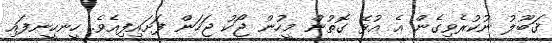
ޤަބޫލު ނުކުރެވިގެން އެ އުޅޭ ގޮތުން މީހުން ޖޯކު ޖަހަން ފަށައިފިއެވެ. ހީނހީނފައި